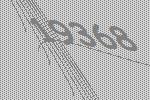
19368